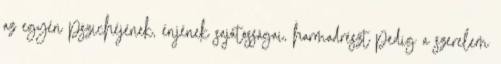
az egyén pszichéjének, énjének sajátosságai, harmadrészt pedig a szerelem